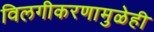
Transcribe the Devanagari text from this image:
विलगीकरणामुळेही